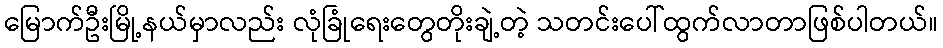
မြောက်ဦးမြို့နယ်မှာလည်း လုံခြုံရေးတွေတိုးချဲ့တဲ့ သတင်းပေါ်ထွက်လာတာဖြစ်ပါတယ်။